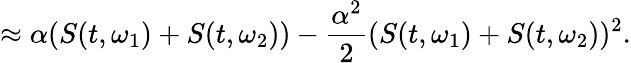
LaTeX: \approx\alpha(S(t,\omega_{1})+S(t,\omega_{2}))-\frac{\alpha^{2}}{2}(S(t,\omega_{1})+S(t,\omega_{2}))^{2}.